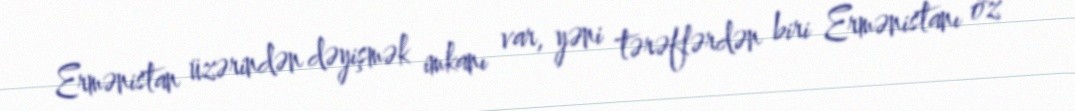
Ermənistan üzərindən dəyişmək imkanı var, yəni tərəflərdən biri Ermənistanı öz